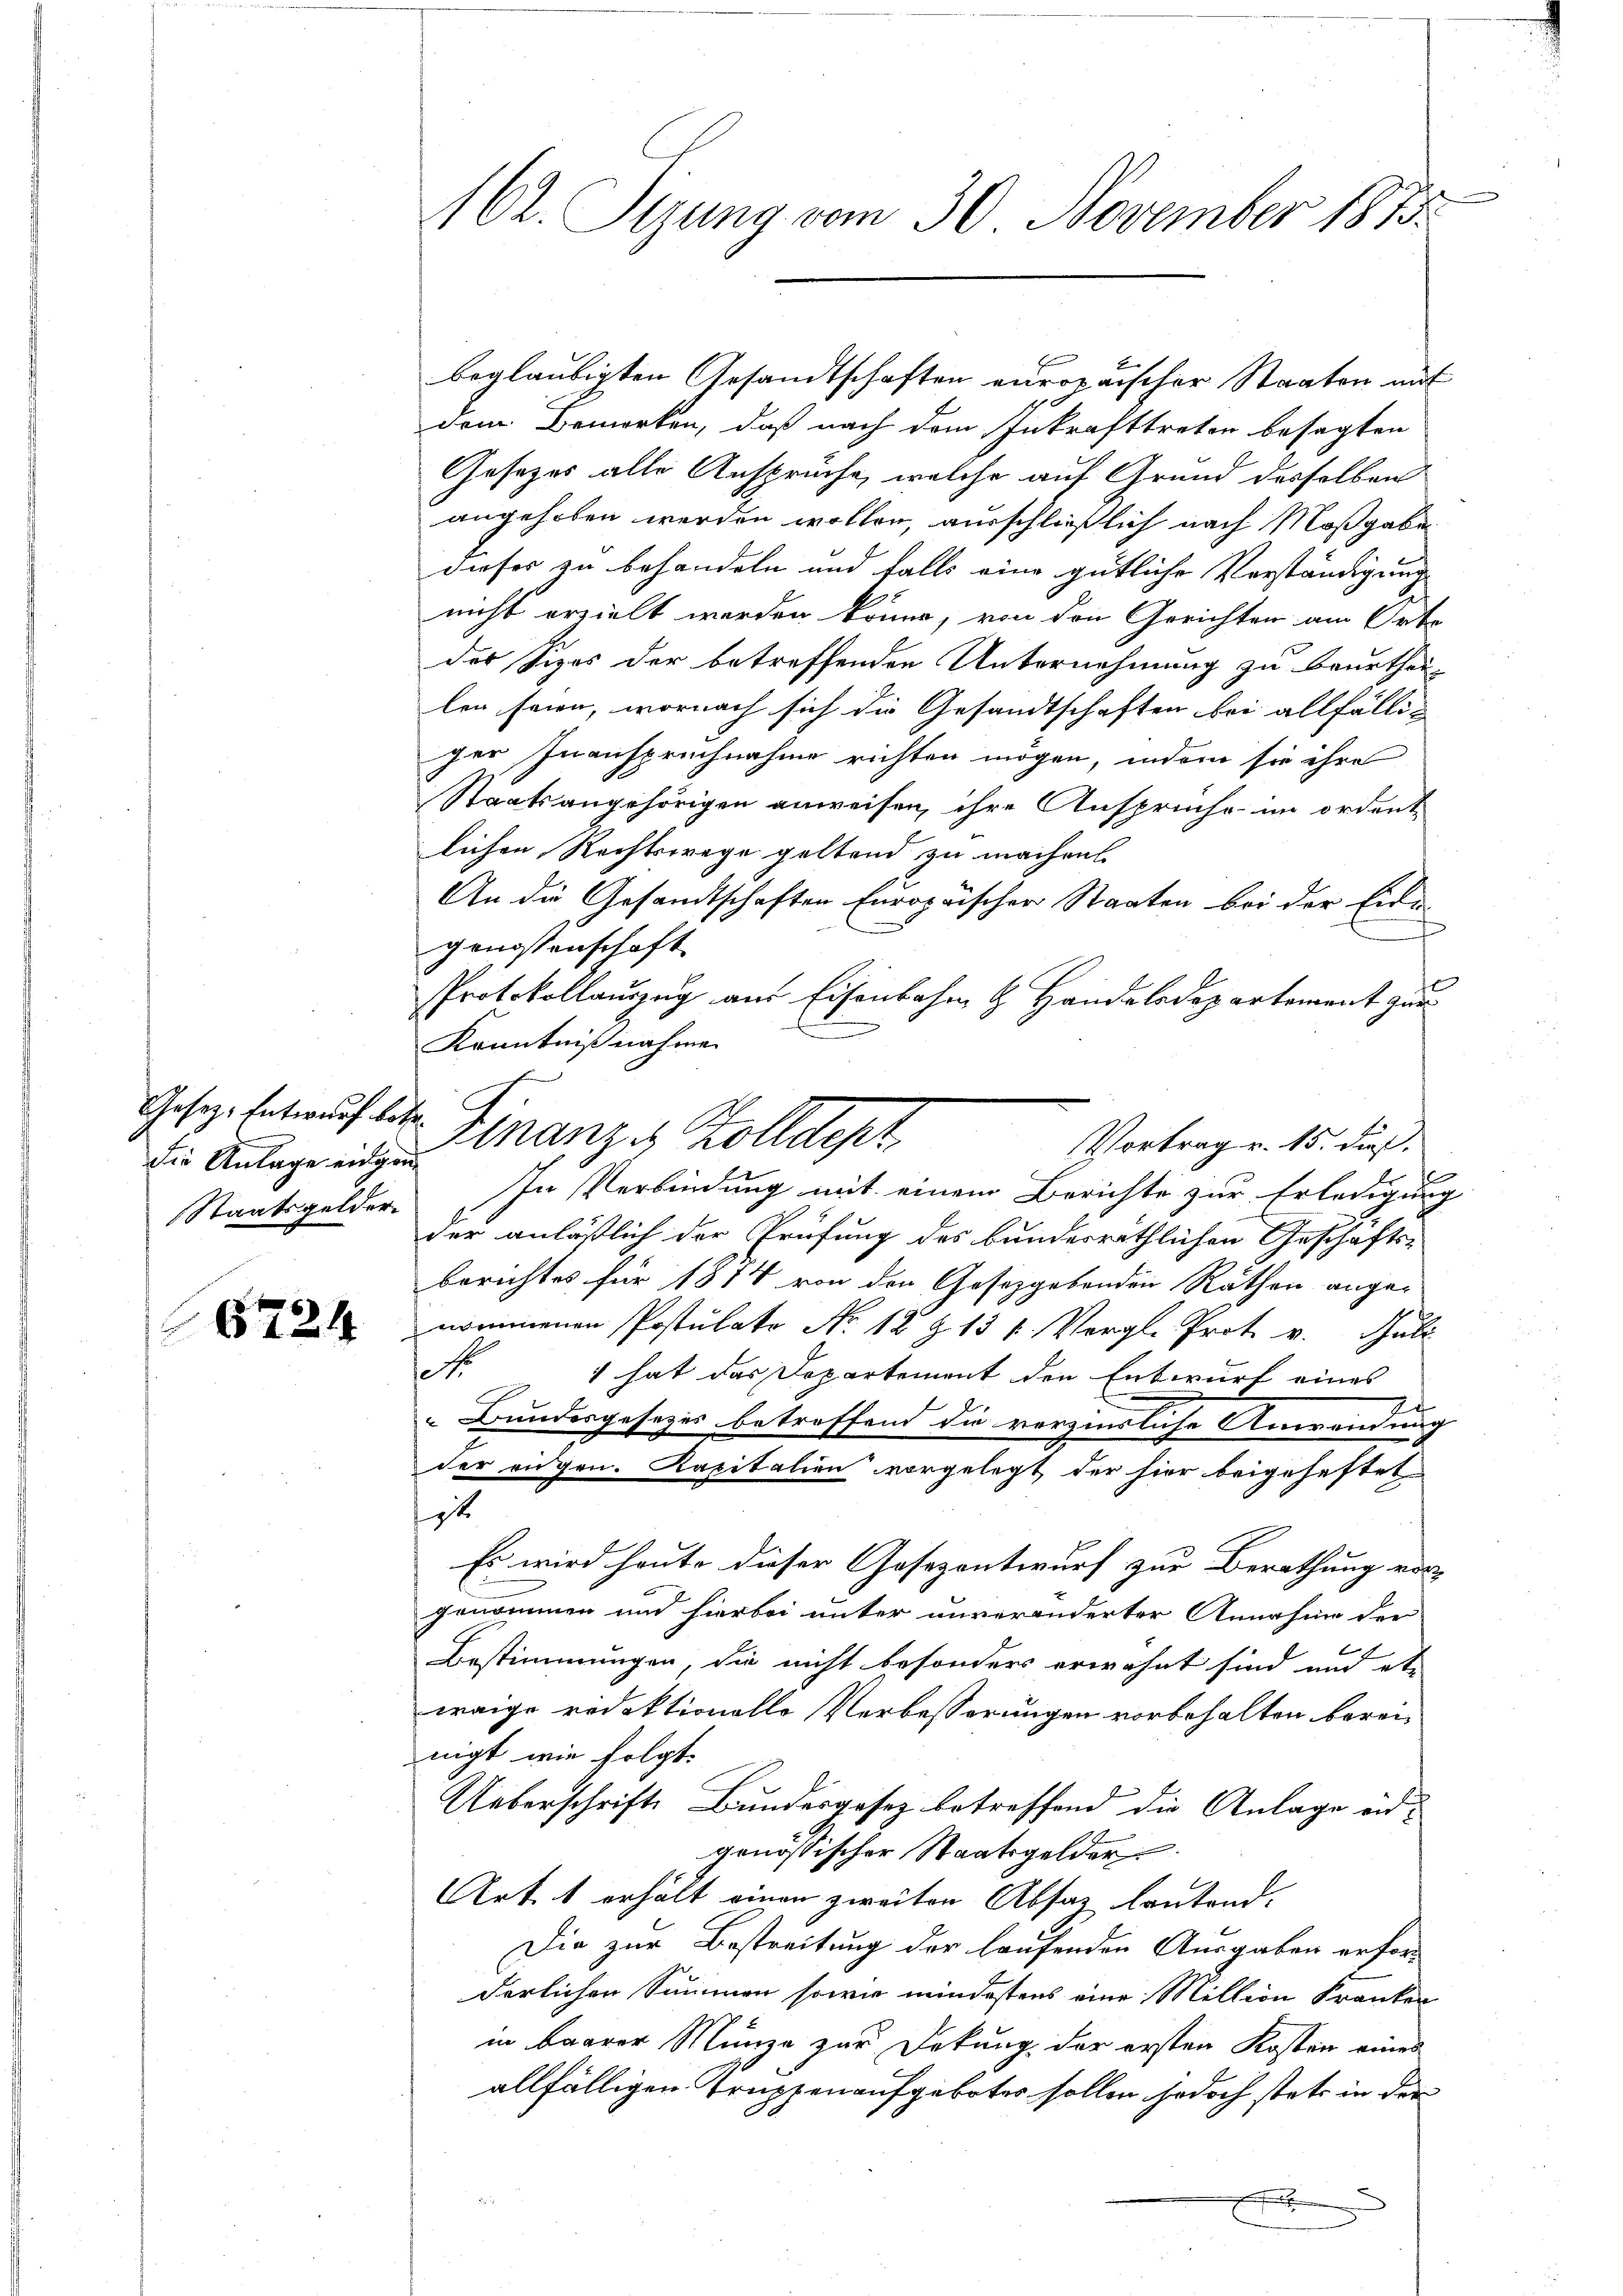
Gesetz, Entwurf betr.
Die Anlage eingen
Staatsgelder

6724

162. Sizung vom 30. November 1813.

beglaubigten Gesandtschaften europaischer Staaten mit
dem Bemerken, daß nach dem Inkrafttreten besagten
Gesetzes alle Anspruche, welche auf Grund desselben
angehoben werden wollen, ausschließlich nach Maßgabe
dieser zu behandeln und falls eine gütliche Vorständigung
nicht erzielt werden könne, von den Gerichten am Orte
des Sizes der betreffenden Unternehmung zu beurthei-
len seien, wornach sich die Gesandtschaften bei allfälliher Inanspruchnahme richten mögen, indem sie ihre
Staatsangehörigen anweisen, ihre Ansprüche im ordent
lichen Rechtswege geltend zu machen.
An die Gesandtschaften Europaischer Staaten bei der Eide
genossenschaft
Protokollauszug aus Eisenbahn & Handelsdepartement zur
Kenntnißnahme
In Verbindung mit einem Berichte zur Erledigung
der anläßlich der Prüfung des bundesräthlichen Geschäfts-
berichtes für 1874 von den Gesetzgebenden Räthen ange-
nommenen Postulato No. 12 Z. 13 f. Vergl. Prot. v. Juli
N 1 hat das Departement den Entwurf eines
74
Bundesgesezes betreffend die verzinsliche Anwann auch
der augen. Kapitalien vorgelegt der hier beigeheftet
it
Es wird heute dieser Gesezentwurf zur Berathung vor-
genommen und hierbei unter unveränderter Annahm der
i
Bestimmungen, die nicht besonders erwähnt sind und et
waige redaktionelle Verbesserungen vorbehalten bereinigt wie folgt.
Ueberschrifte Bundesgesez betreffend die Anlage end
genössischer Staatsgelder
Art. 1 erhält einen zweiten Absatz lautend.
Die zur Bestreitung der laufenden Ausgaben erforderlichen Summen sowie mindestens eine Million Kranken
in baarer Münze zur Dekung der ersten Kosten eines
allfälligen Truppenaufgebotes sollen jedoch stets in der

Finanze Zolldept
Vortrag v. 15. dies